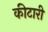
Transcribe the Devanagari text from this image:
कीटारी